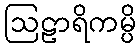
ဩဠာရိကမ္ပိ